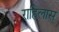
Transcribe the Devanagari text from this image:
राहिलास